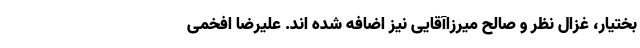
بختیار، غزال نظر و صالح میرزاآقایی نیز اضافه شده اند. علیرضا افخمی